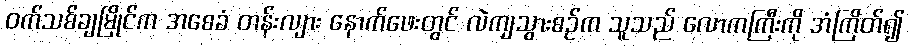
ဝက်သစ်ချမြိုင်က အစေခံ တန်းလျား နောက်ဖေးတွင် လဲကျသွားစဉ်က သူသည် လောကကြီးကို အံကြိတ်၍